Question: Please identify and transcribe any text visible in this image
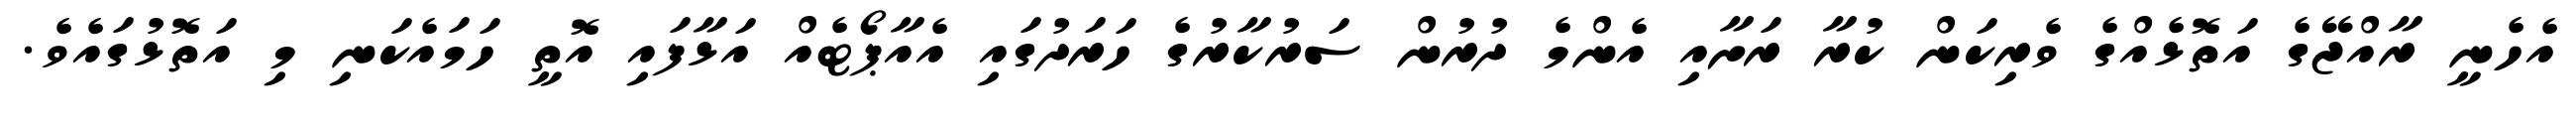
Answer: އެހެނީ ރާއްޖޭގެ އަތޮޅެއްގެ ވެރިކަން ކުރާ ރަށާއި އެންމެ ދުރުން ސަރުކާރުގެ ހަރަދުގައި އެއާޕޯޓެއް އަޅާފައި އޮތީ ހަމައެކަނި މި އަތޮޅުގައެވެ.